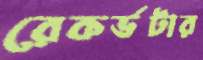
রেকর্ডটার